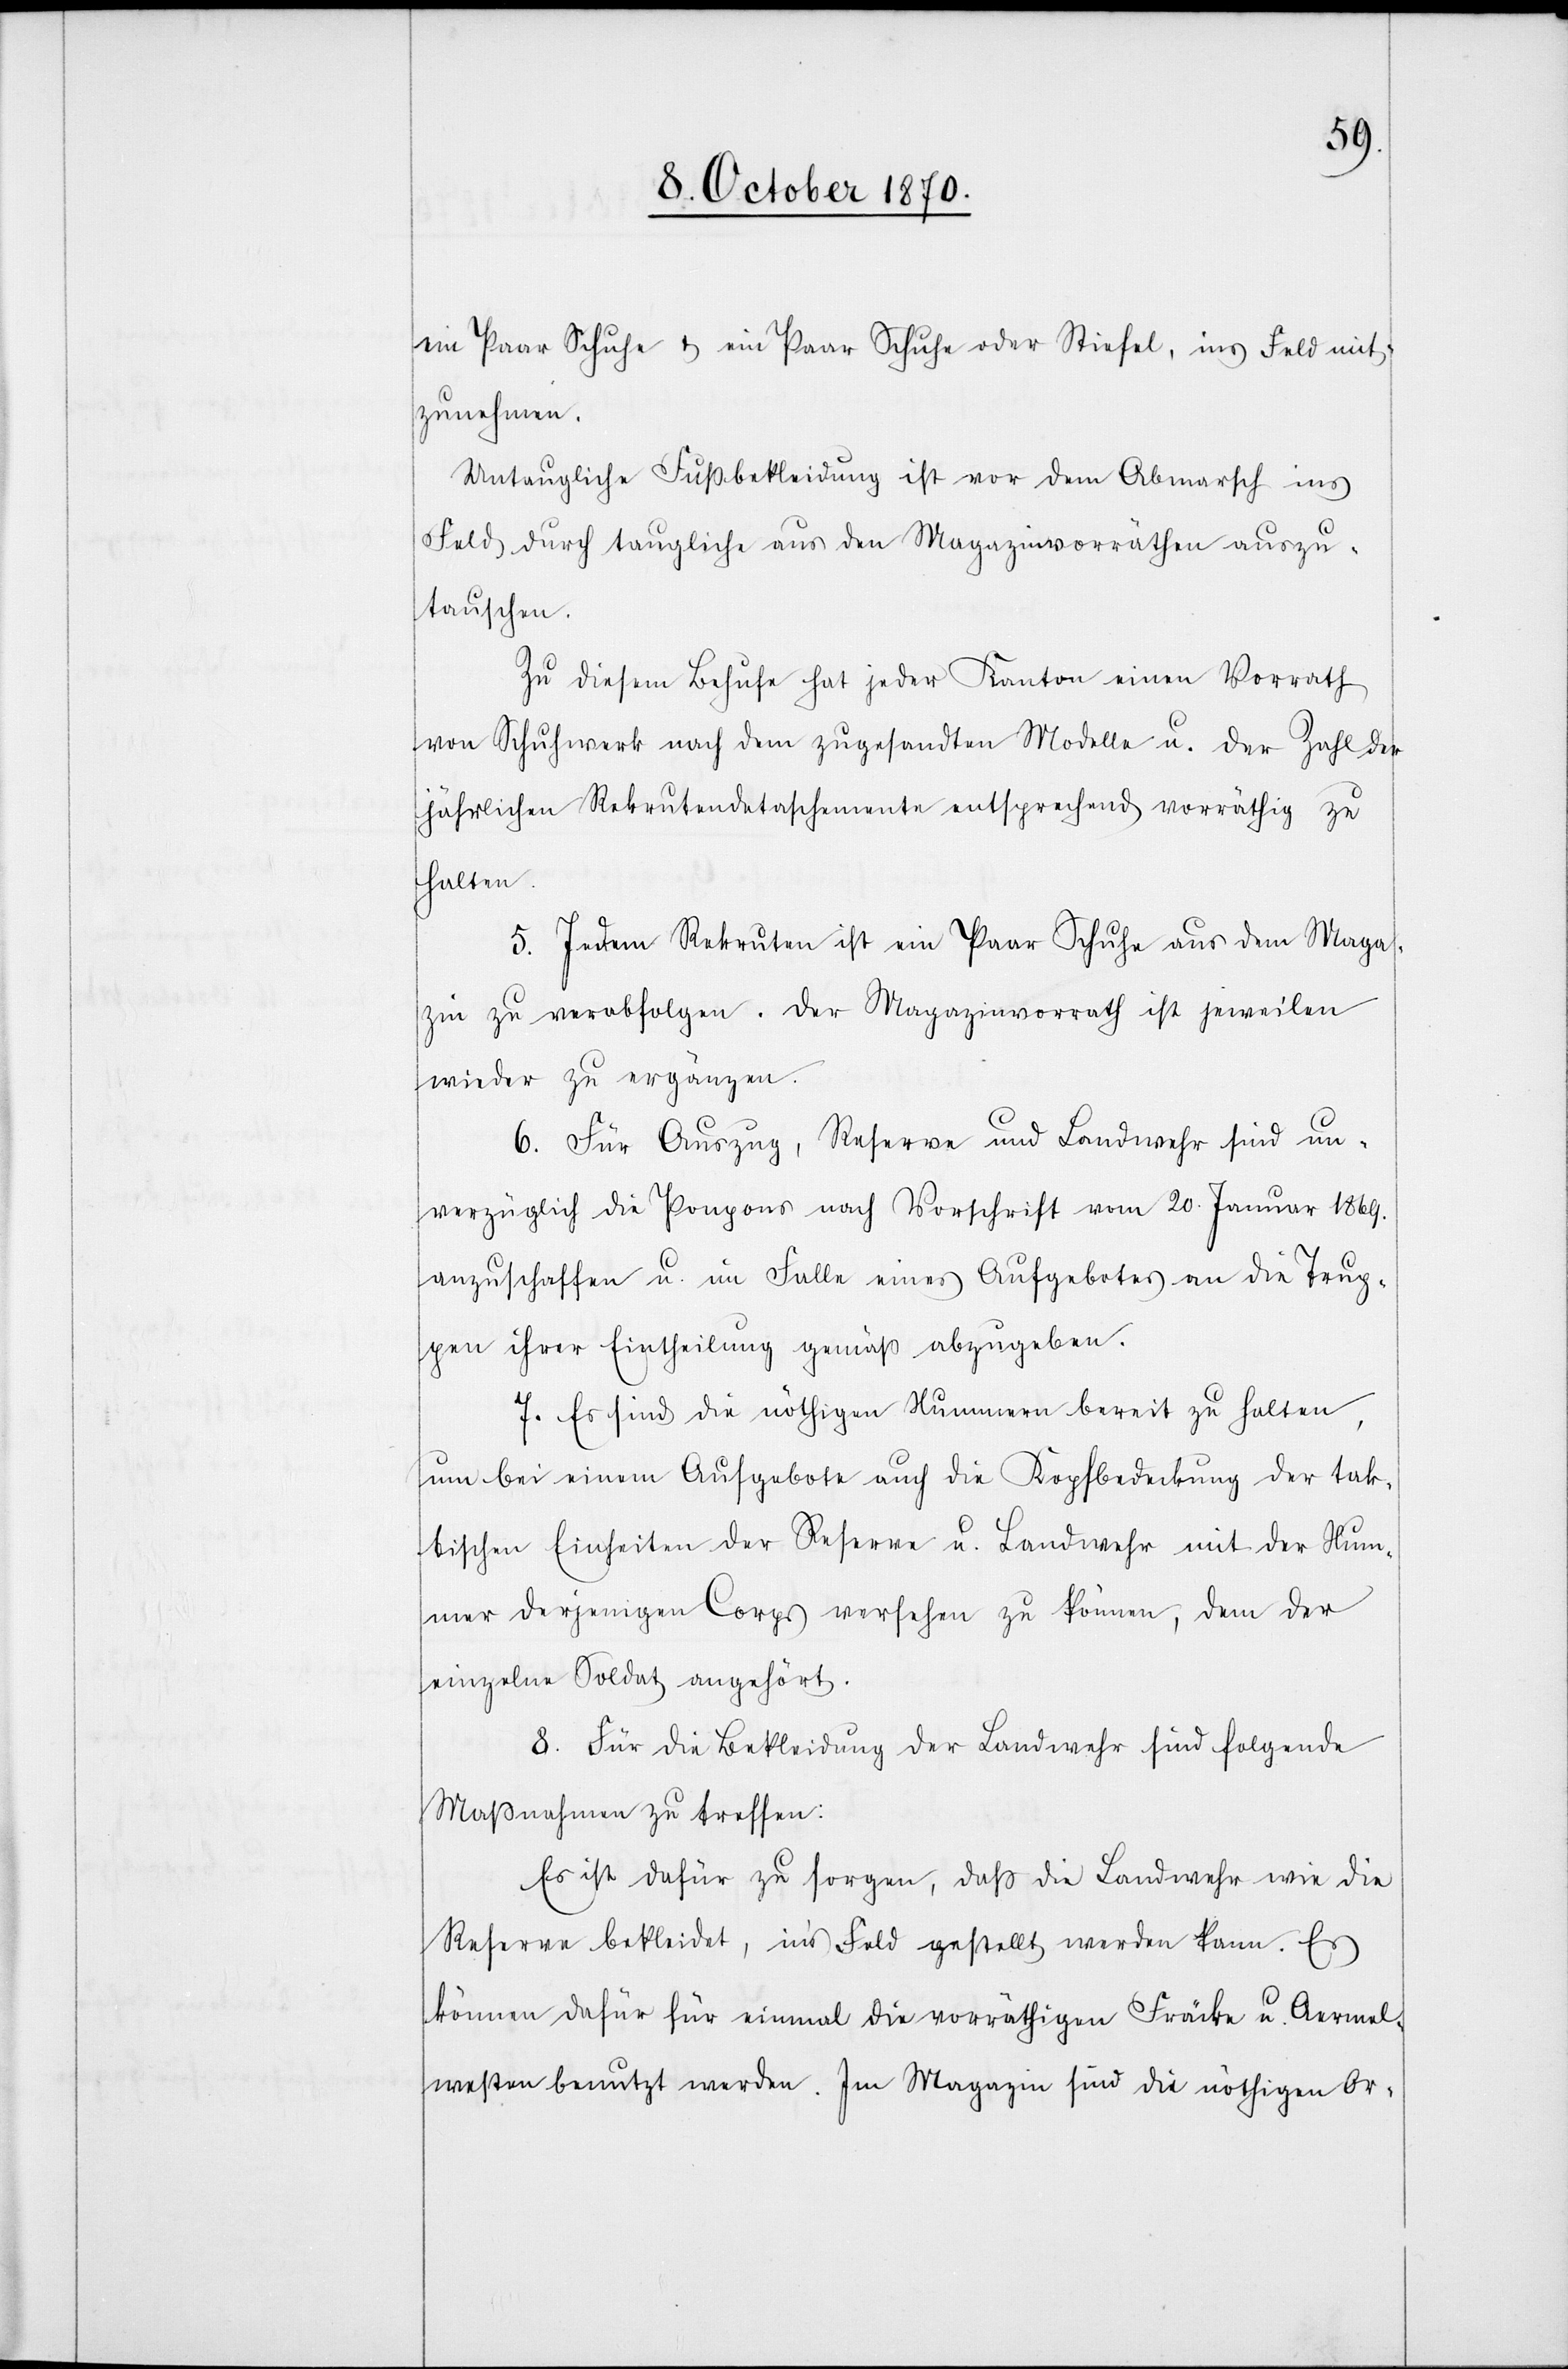
ein Paar Schuhe & ein Paar Schuhe oder Stiefel, ins Feld mit¬
zunehmen.
Untaugliche Fußbekleidung ist vor dem Abmarsch ins
Feld durch taugliche aus den Magazinvorräthen auszu¬
tauschen.
Zu diesem Behufe hat jeder Kanton einen Vorrath
von Schuhwerk nach dem zugesandten Modelle u. der Zahl der
jährlichen Rekrutendetaschemente entsprechend vorräthig zu
halten.
5. Jedem Rekruten ist ein Paar Schuhe aus dem Maga¬
zin zu verabfolgen. Der Magazinvorrath ist jeweilen
wieder zu ergänzen.
6. Für Auszug, Reserve und Landwehr sind un¬
verzüglich die Ponpons nach Vorschrift vom 20. Januar 1869.
anzuschaffen u. im Falle eines Aufgebotes an die Trup¬
pen ihrer Eintheilung gemäß abzugeben.
7. Es sind die nöthigen Nummern bereit zu halten,
um bei einem Aufgebote auch die Kofpbedeckung der tak¬
tischen Einheiten der Reserve u. Landwehr mit der Num¬
mer derjenigen Corps versehen zu können, dem der
einzelne Soldat angehört.
8. Für die Bekleidung der Landwehr sind folgende
Maßnahmen zu treffen:
Es ist dafür zu sorgen, daß die Landwehr wie die
Reserve bekleidet ins Feld gestellt werden kann. Es
können dafür für einmal die vorräthigen Fräcke u. Aermel¬
resten benutzt werden. Im Magazin sind die nöthigen Org